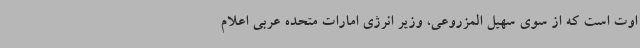
اوت است که از سوی سهیل المزروعی، وزیر انرژی امارات متحده عربی اعلام